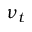
\nu _ { t }